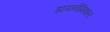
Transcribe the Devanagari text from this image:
डायनैमिकल